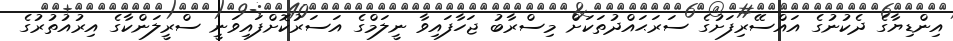
އިންޑިޔާގެ ދެކުނުގެ އައްސޭރިފަށުގެ ސަރަޙައްދުތަކަށް މިސްރާބު ޖަހާފައިވާ ނީލަމްގެ އަސަރުކޮށްފައިވަނީ ސްރީލަންކާގެ އިރުއުތުރުގެ